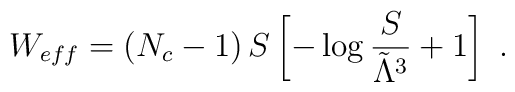
W_{eff}=\left(N_c-1\right) S \left[ -\log{\frac{S}{\tilde{\Lambda}^3}}+1 \right] ~.